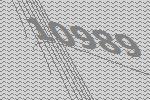
10989